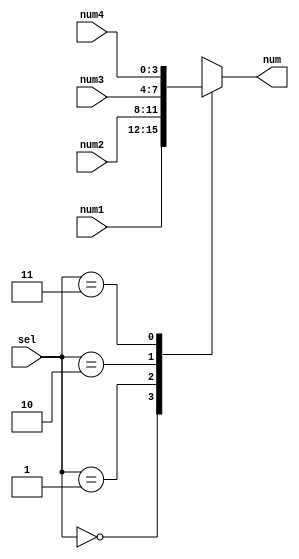
`timescale 1ns / 1ps
//////////////////////////////////////////////////////////////////////////////////
// Company: 
// Engineer: 
// 
// Design Name: 
// Module Name:    Mux441 
// Project Name: 
// Target Devices: 
// Tool versions: 
// Description: 
//
// Dependencies: 
//
// Revision: 
// Revision 0.01 - File Created
// Additional Comments: 
//
//////////////////////////////////////////////////////////////////////////////////
module Mux441(input wire[1:0] sel, 
input wire[3:0] num1, 
input wire[3:0] num2, 
input wire[3:0] num3, 
input wire[3:0] num4, 
output reg[3:0] num);
	always @(sel) begin
		case(sel) 
			2'b00: num <= num1;
			2'b01: num <= num2;
			2'b10: num <= num3;
			2'b11: num <= num4;
		endcase
	end
endmodule